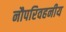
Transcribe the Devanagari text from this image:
नौपरिवहनीय